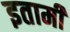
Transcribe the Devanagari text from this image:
इतामी